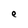
Character: e